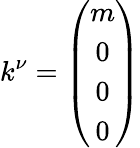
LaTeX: k^{\nu}=\left(\begin{array}{c}{{m}}\\ {{0}}\\ {{0}}\\ {{0}}\end{array}\right)